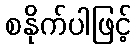
စနိုက်ပါဖြင့်